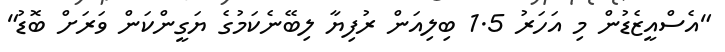
"އެސްއީޒެޑުން މި އަހަރު 1.5 ބިލިއަން ރުފިޔާ ލިބޭނެކަމުގެ ޔަގީންކަން ވަރަށް ބޮޑު"